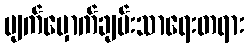
မျက်မှောက်ချမ်းသာရေးတရား